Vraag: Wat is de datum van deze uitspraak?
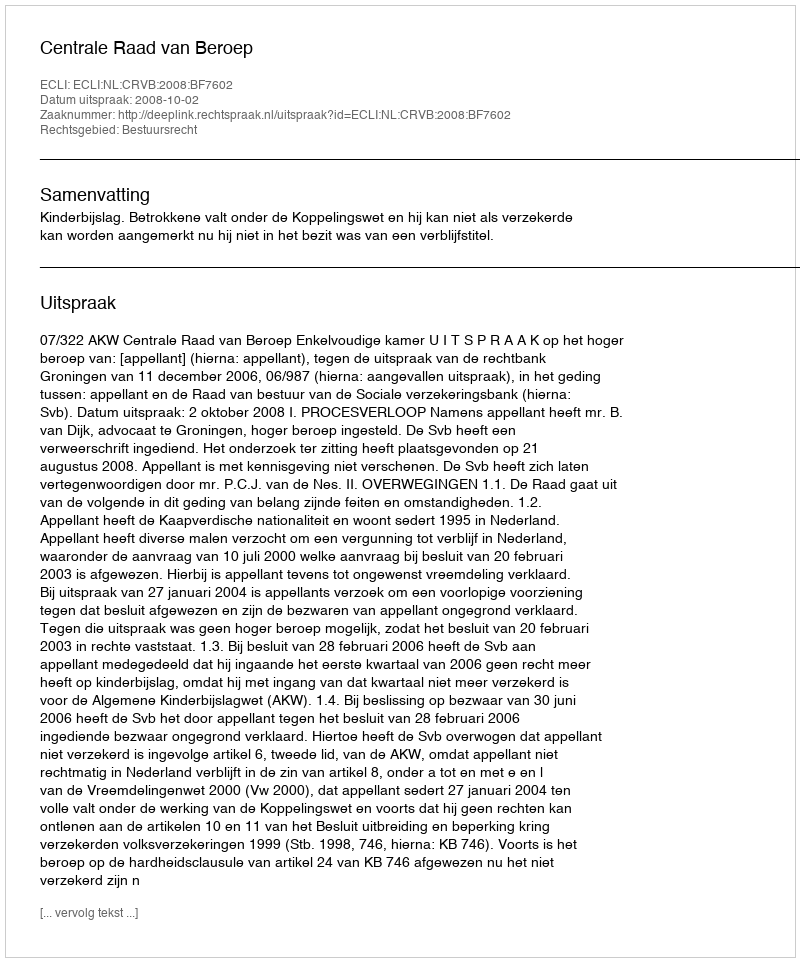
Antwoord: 2008-10-02